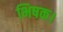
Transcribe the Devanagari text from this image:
भिषक।